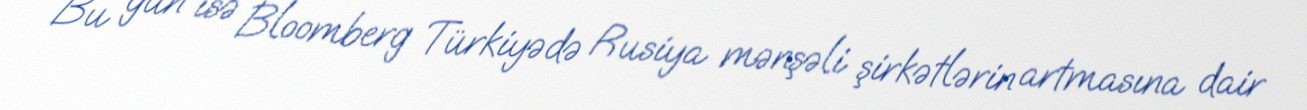
Bu gün isə Bloomberg Türkiyədə Rusiya mənşəli şirkətlərin artmasına dair